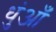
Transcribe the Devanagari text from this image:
धुंआँ